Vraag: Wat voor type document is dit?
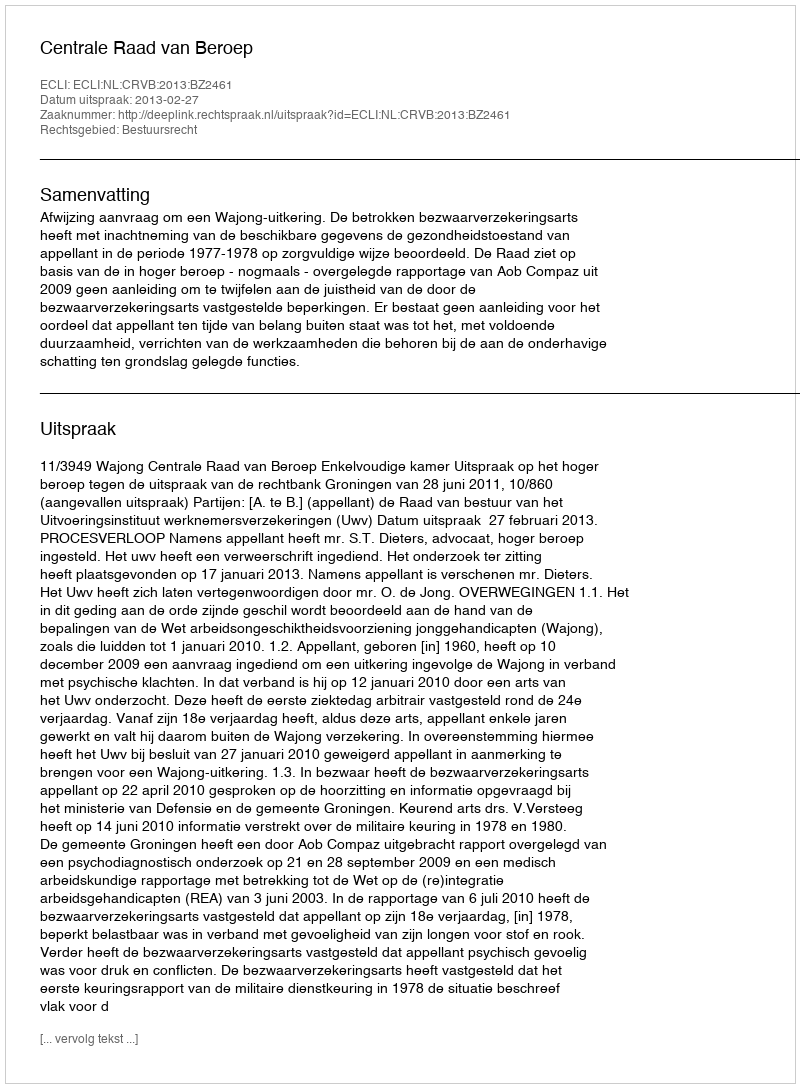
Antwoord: Uitspraak